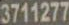
3711277